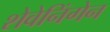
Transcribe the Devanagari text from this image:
शेवेनिंगेन